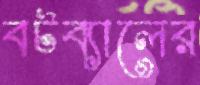
বটব্যালের